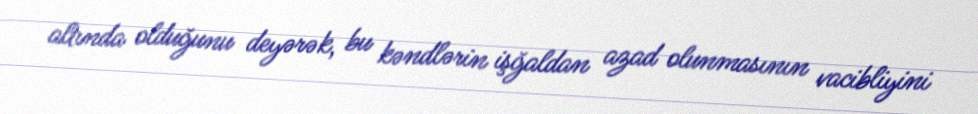
altında olduğunu deyərək, bu kəndlərin işğaldan azad olunmasının vacibliyini